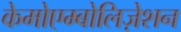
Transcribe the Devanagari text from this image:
केमोएम्बोलिज़ेशन